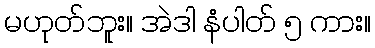
မဟုတ်ဘူး။ အဲဒါ နံပါတ် ၅ ကား။